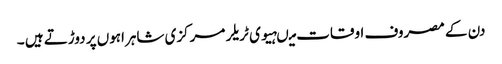
دن کے مصروف اوقات میںہیوی ٹریلر مرکزی شاہراہوں پر دوڑتے ہیں ۔